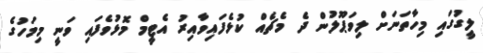
ލީގުގައި މިހާތަނަށް ލިވަޕޫލުން ދެ މެޗެއް ކުޅެފައިވާއިރު އެޓީމް މޮޅުވެފައި ވަނީ މިމަހުގެ